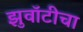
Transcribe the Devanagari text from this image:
झुवॉटीचा